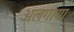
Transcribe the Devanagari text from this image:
अलगाया